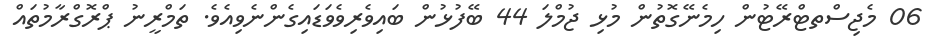
06 މެޖިސްތޓްރޭޓުން ހިމެނޭގޮތުން މުޅި ޖުމްލަ 44 ބޭފުޅުން ބައިވެރިވެވަޑައިގެންނެވިއެވެ. ތަމްރީނު ޕްރޮގްރާމުތައް